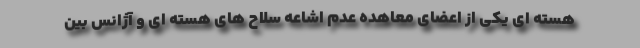
هسته ای یکی از اعضای معاهده عدم اشاعه سلاح های هسته ای و آژانس بین